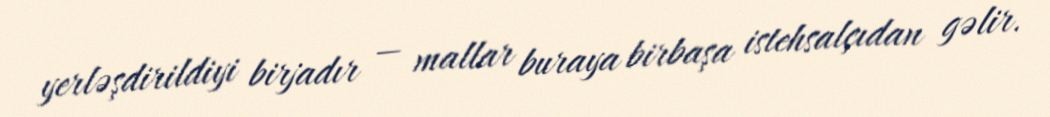
yerləşdirildiyi birjadır — mallar buraya birbaşa istehsalçıdan gəlir.